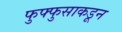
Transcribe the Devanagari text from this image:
फुफ्फुसाकडून